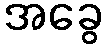
အခွေ